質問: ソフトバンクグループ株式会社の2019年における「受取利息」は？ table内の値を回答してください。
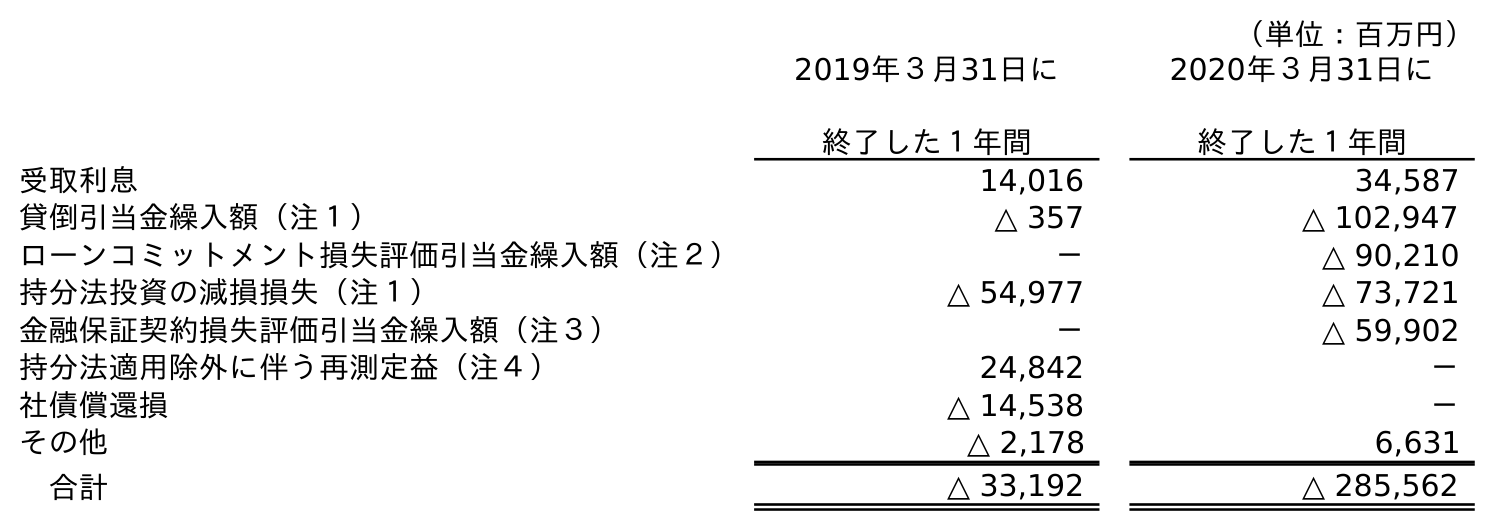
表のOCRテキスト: （単位：百万円） 2019年３月31日に 終了した１年間 2020年３月31日に 終了した１年間 受取利息 14,016 34,587 貸倒引当金繰入額（注１） △ 357 △ 102,947 ローンコミットメント損失評価引当金繰入額（注２） － △ 90,210 持分法投資の減損損失（注１） △ 54,977 △ 73,721 金融保証契約損失評価引当金繰入額（注３） － △ 59,902 持分法適用除外に伴う再測定益（注４） 24,842 － 社債償還損 △ 14,538 － その他 △ 2,178 6,631 合計 △ 33,192 △ 285,562
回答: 14,016